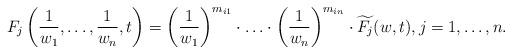
LaTeX: \begin{align*}F_j\left(\frac 1{w_1},\ldots, \frac 1{w_n},t\right)=\left(\frac 1{w_1}\right)^{m_{i1}}\cdot\ldots\cdot \left(\frac 1{w_n}\right)^{m_{in}}\cdot \widetilde{F_j}(w,t), j=1,\ldots, n.\end{align*}